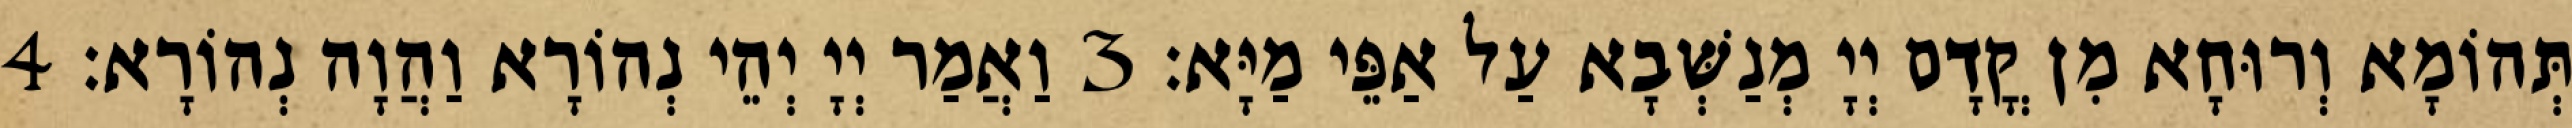
תְּהוֹמָא וְרוּחָא מִן קֳדָם יְיָ מְנַשְּׁבָא עַל אַפֵּי מַיָּא׃ 3 וַאֲמַר יְיָ יְהֵי נְהוֹרָא וַהֲוָה נְהוֹרָא׃ 4